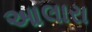
આલારા